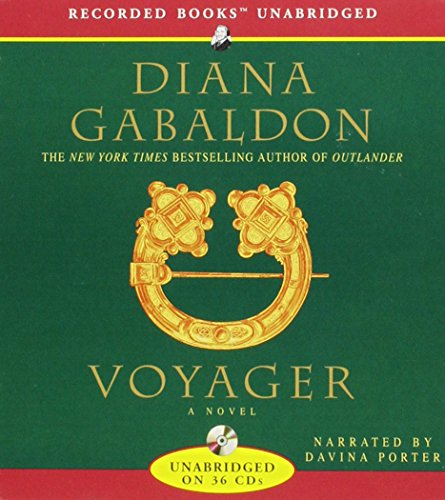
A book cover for Voyager audio book (Voyager); Diana Gabaldon; Science Fiction & Fantasy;